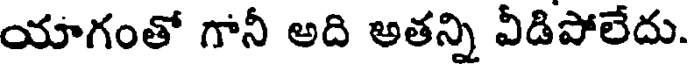
యాగంతో గానీ అది అతన్ని వీడిపోలేదు.